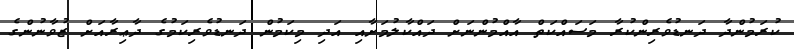
ކުރަމުންދާ ދަނޑުވެރިންކުރާ މަސައްކަތް އާއްމުންނަށް ދައްކާލުމަށާއި އަދި މިކަމުން ދަނޑުވެރިކަމުގެ ދާޢިރާއަށް ޒުވާނުންގެ